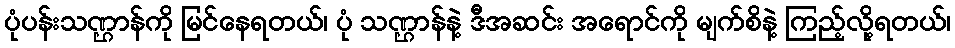
ပုံပန်းသဏ္ဌာန်ကို မြင်နေရတယ်၊ ပုံ သဏ္ဌာန်နဲ့ ဒီအဆင်း အရောင်ကို မျက်စိနဲ့ ကြည့်လို့ရတယ်၊